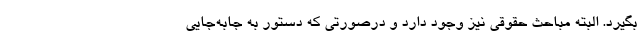
بگیرد. البته مباحث حقوقی نیز وجود دارد و درصورتی که دستور به جابه‌جایی